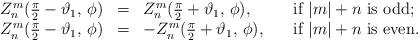
LaTeX: \begin{align*}\begin{array}{rcll}Z^m_n (\frac{\pi}{2}-\vartheta_1,\, \phi)&=&Z^m_n (\frac{\pi}{2}+\vartheta_1,\, \phi),&\quad\mbox{if }|m|+n\mbox{ is odd};\\Z^m_n (\frac{\pi}{2}-\vartheta_1,\, \phi)&=&-Z^m_n (\frac{\pi}{2}+\vartheta_1,\, \phi),&\quad\mbox{if }|m|+n\mbox{ is even}.\end{array}\end{align*}